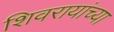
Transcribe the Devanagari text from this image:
शिवरायांच्या